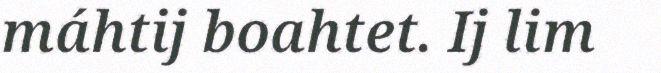
máhtij boahtet. Ij lim